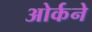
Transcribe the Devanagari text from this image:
ओर्कने